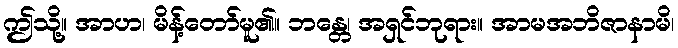
ဤသို့။ အာဟ၊ မိန့်တော်မူ၏။ ဘန္တေ၊ အရှင်ဘုရား။ အာမအဘိဇာနာမိ၊